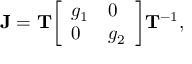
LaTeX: \mathbf { J } = \mathbf { T } { \left[ \begin{array} { l l } { g _ { 1 } } & { 0 } \\ { 0 } & { g _ { 2 } } \end{array} \right] } \mathbf { T } ^ { - 1 } ,